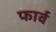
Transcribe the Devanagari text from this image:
फार्व